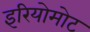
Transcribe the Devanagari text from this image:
इरियोमोट